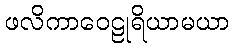
ဖလိကာဝေဠုရိယာမယာ